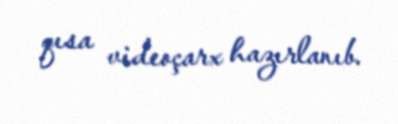
qısa videoçarx hazırlanıb.